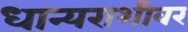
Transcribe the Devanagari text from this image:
धान्यराशीवर